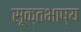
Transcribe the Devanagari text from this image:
सूक्तभाष्य